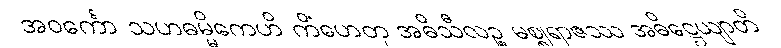
အဝင်္ကော သဟဓမ္မိကေဟိ ကိံဟေတု အဓိသီလဉ္စ မစ္စုရာဇဿ အဓိဋ္ဌေယျာတိ